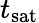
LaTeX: t_{\mathrm{sat}}